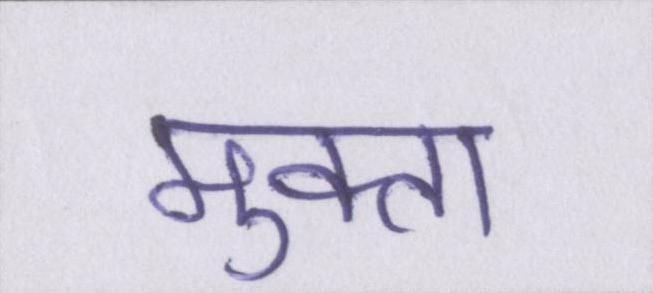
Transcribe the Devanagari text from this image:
मुक्ता